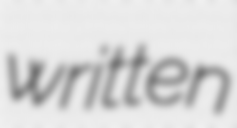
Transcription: written